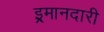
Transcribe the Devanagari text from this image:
इ्रमानदारी